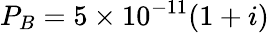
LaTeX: P_{B}=5\times 10^{-11}(1+i)